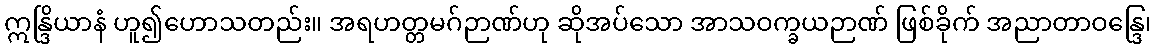
ဣန္ဒြိယာနံ ဟူ၍ဟောသတည်း။ အရဟတ္တမဂ်ဉာဏ်ဟု ဆိုအပ်သော အာသဝက္ခယဉာဏ် ဖြစ်ခိုက် အညာတာဝန္ဒြေ၊